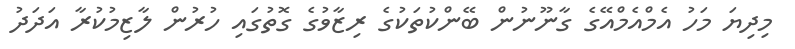
މިދިޔަ މަހު އެމްއެމްއޭގެ ގާނޫނުން ބޭންކުތަކުގެ ރިޒާވުގެ ގޮތުގައި ހުރުން ލާޒިމުކުރާ އަދަދު